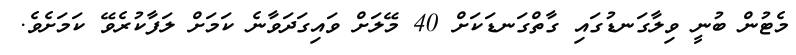
މެޓުން ބުނީ ވިލާގަނޑުގައި ގާތްގަނޑަކަށް 40 މޭލަށް ވައިގަދަވާނެ ކަމަށް ލަފާކުރެވޭ ކަމަށެވެ.